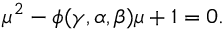
\mu ^ { 2 } - \phi ( \gamma , \alpha , \beta ) \mu + 1 = 0 .